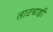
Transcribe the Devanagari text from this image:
ताटवाही